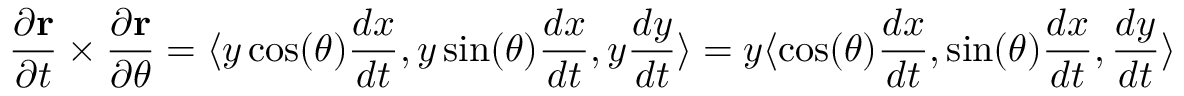
{ \frac { \partial \mathbf { r } } { \partial t } } \times { \frac { \partial \mathbf { r } } { \partial \theta } } = \langle y \cos ( \theta ) { \frac { d x } { d t } } , y \sin ( \theta ) { \frac { d x } { d t } } , y { \frac { d y } { d t } } \rangle = y \langle \cos ( \theta ) { \frac { d x } { d t } } , \sin ( \theta ) { \frac { d x } { d t } } , { \frac { d y } { d t } } \rangle